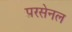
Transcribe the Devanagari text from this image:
परसेनल